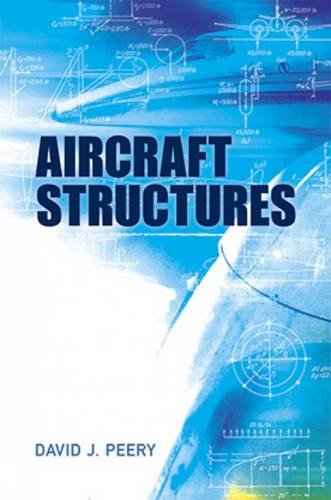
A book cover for Aircraft Structures (Dover Books on Aeronautical Engineering); David J. Peery; Engineering & Transportation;